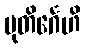
မုတိင်္ဂေဟိ